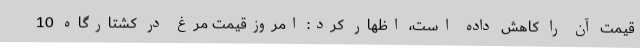
قیمت آن را کاهش داده است، اظهار کرد: امروزقیمت مرغ در کشتارگاه 10